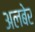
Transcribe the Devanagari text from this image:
अलबेर